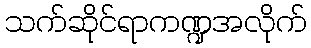
သက်ဆိုင်ရာကဏ္ဍအလိုက်